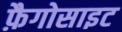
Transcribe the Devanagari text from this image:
फ़ैगोसाइट